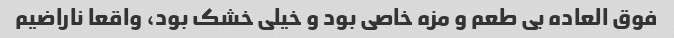
فوق العاده بی طعم و مزه خاصی بود و خیلی خشک بود، واقعا ناراضیم